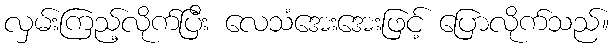
လှမ်းကြည့်လိုက်ပြီး လေသံအေးအေးဖြင့် ပြောလိုက်သည်။